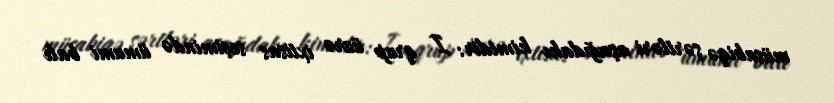
müsabiqə şərtləri aşağıdakı kimidir: I qrup üzrə ixtisas seçimində ümumi balı